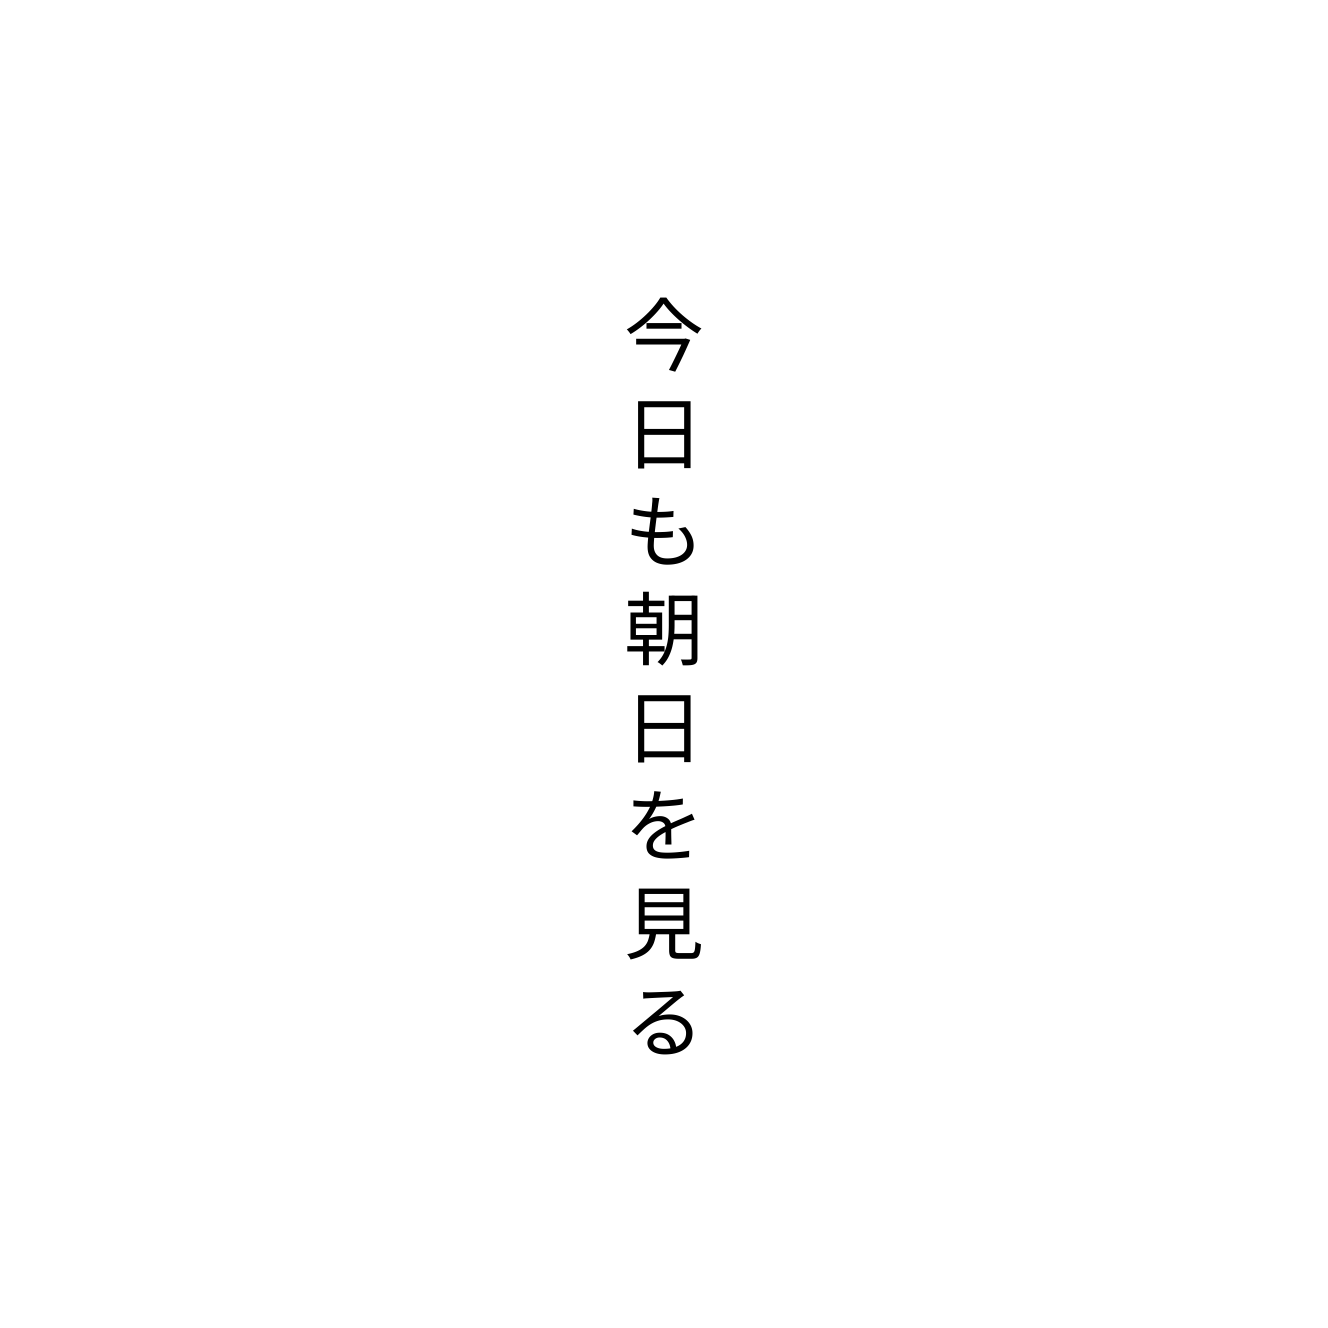
今日も朝日を見る